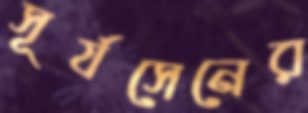
সূর্যসেনের